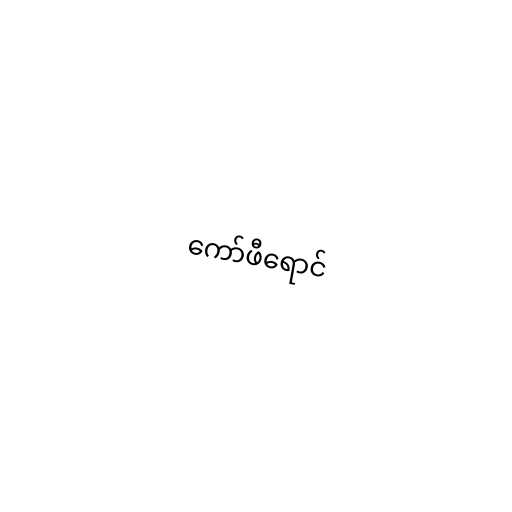
ကော်ဖီရောင်